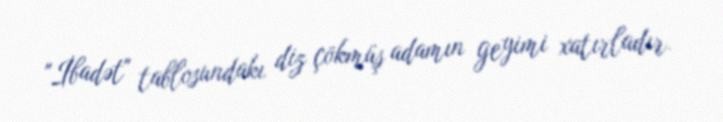
"İbadət" tablosundakı diz çökmüş adamın geyimi xatırladır.